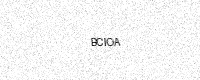
Text: BCIOA